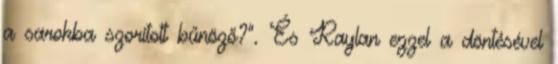
a sarokba szorított bűnöző?”. És Raylan ezzel a döntésével